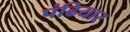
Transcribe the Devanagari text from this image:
पंढियार